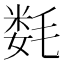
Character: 𰚦